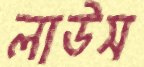
লাউস